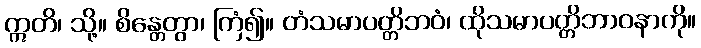
ဣတိ၊ သို့။ စိန္တေတွာ၊ ကြံ၍။ တံသမာပတ္တိဘဝံ၊ ထိုသမာပတ္တိဘာဝနာကို။